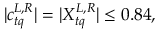
| c _ { t q } ^ { L , R } | = | X _ { t q } ^ { L , R } | \leq 0 . 8 4 ,